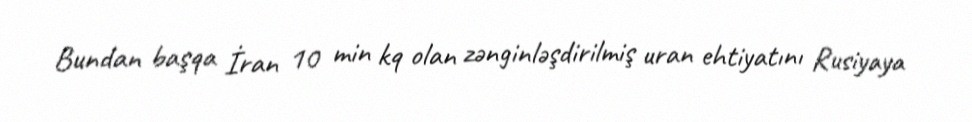
Bundan başqa İran 10 min kq olan zənginləşdirilmiş uran ehtiyatını Rusiyaya